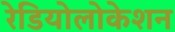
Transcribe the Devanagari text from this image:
रेडियोलोकेशन